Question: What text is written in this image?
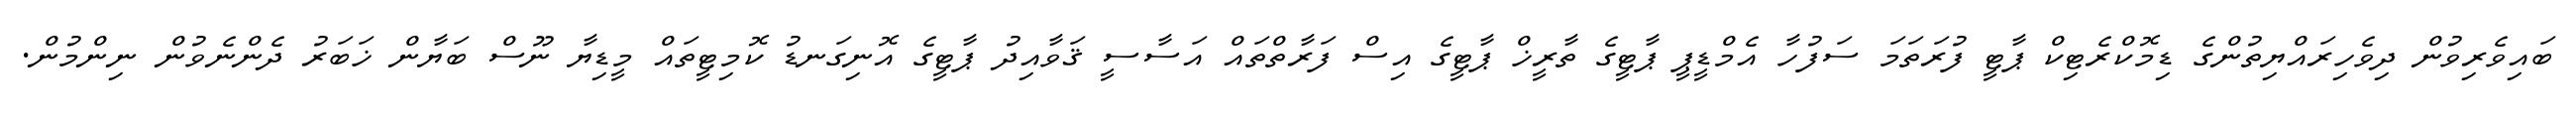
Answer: ބައިވެރިވުން ދިވެހިރައްޔިތުންގެ ޑިމޮކްރެޓިކް ޕާޓީ ފުރަތަމަ ސަފުހާ އެމްޑީޕީ ޕާޓީގެ ތާރީޚް ޕާޓީގެ އިސް ފަރާތްތައް އަސާސީ ޤަވާއިދު ޕާޓީގެ އޮނިގަނޑު ކޮމިޓީތައް މީޑިޔާ ނޫސް ބަޔާން ޚަބަރު ދެންނެވުން ނިންމުން.